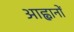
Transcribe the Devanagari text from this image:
आह्वानों